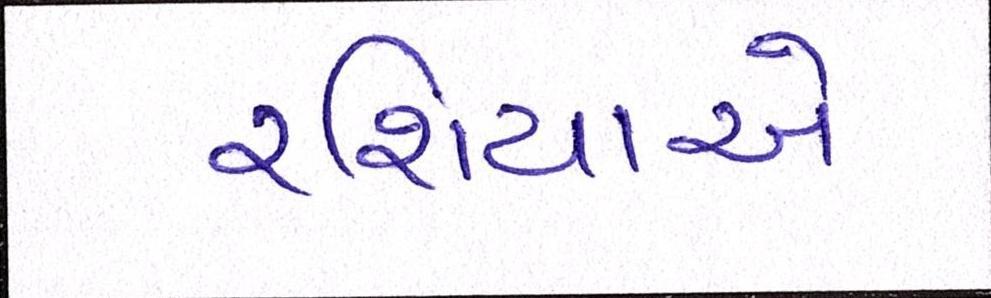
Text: રશિયાએ